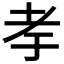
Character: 𰭨